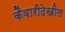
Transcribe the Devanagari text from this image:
कैवारीदेखील